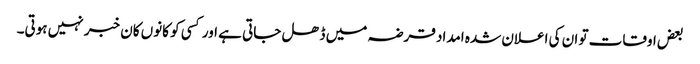
بعض اوقات تو ان کی اعلان شدہ امداد قرضہ میں ڈھل جاتی ہے اور کسی کو کانوں کان خبر نہیں ہوتی۔